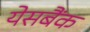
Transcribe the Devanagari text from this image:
येसबैंक